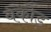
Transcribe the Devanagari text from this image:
वकोड़